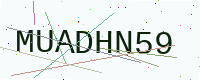
Text: MUADHN59